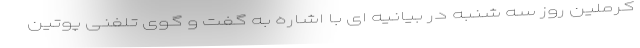
کرملین روز سه شنبه در بیانیه ای با اشاره به گفت و گوی تلفنی پوتین